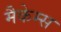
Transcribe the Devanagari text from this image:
मैकेम्स